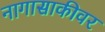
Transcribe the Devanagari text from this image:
नागासाकीवर